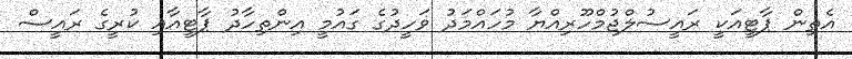
އެތިން ޕާޓީއަކީ ރައީސުލްޖުމްހޫރިއްޔާ މުހައްމަދު ވަހީދުގެ ގައުމީ އިންތިހާދު ޕާޓީއާއި ކުރީގެ ރައީސް